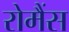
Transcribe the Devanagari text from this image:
रोमैंस